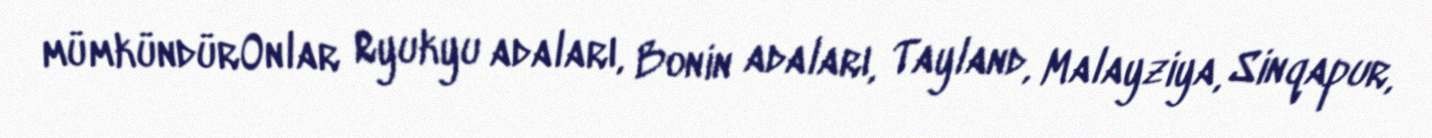
mümkündürOnlar Ryukyu adaları, Bonin adaları, Tayland, Malayziya, Sinqapur,